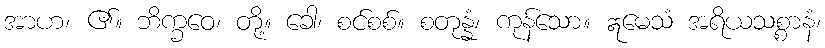
အာဟ၊ ၏။ ဘိက္ခဝေ၊ တို့။ ခေါ၊ စင်စစ်။ စတုန္နံ၊ ကုန်သော။ ဣမေသံ အရိယသစ္စာနံ၊